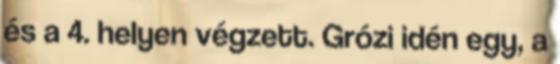
és a 4. helyen végzett. Grózi idén egy, a